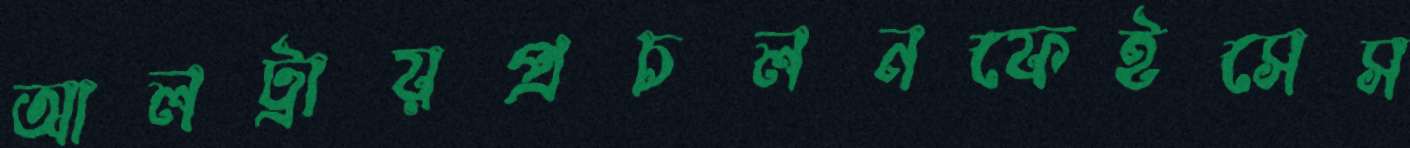
আলট্রায়প্রচলনফেইসেস